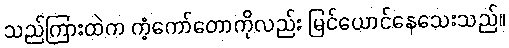
သည်ကြားထဲက ကံ့ကော်တောကိုလည်း မြင်ယောင်နေသေးသည်။